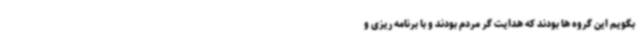
بگویم این گروه ها بودند که هدایت گر مردم بودند و با برنامه ریزی و